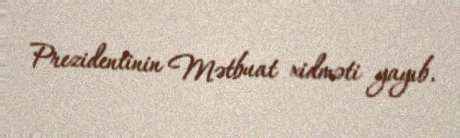
Prezidentinin Mətbuat xidməti yayıb.